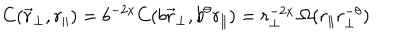
C ( \vec { r } _ { \perp } , r _ { \| } ) = b ^ { - 2 x } C ( b \vec { r } _ { \perp } , b ^ { \theta } r _ { \| } ) = r _ { \perp } ^ { - 2 x } \, \Omega ( r _ { \| } r _ { \perp } ^ { - \theta } )